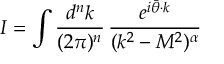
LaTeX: I = \int { \frac { d ^ { n } k } { ( 2 \pi ) ^ { n } } } \, { \frac { e ^ { i \bar { \theta } \cdot k } } { ( k ^ { 2 } - M ^ { 2 } ) ^ { \alpha } } }